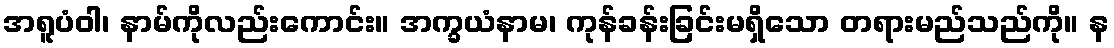
အရူပံဝါ၊ နာမ်ကိုလည်းကောင်း။ အက္ခယံနာမ၊ ကုန်ခန်းခြင်းမရှိသော တရားမည်သည်ကို။ န